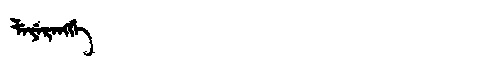
Manchu: ᠯᡝᠶᡝᡵᡝᠩᡤᡝ
Romanization: LEYERENGGE